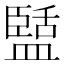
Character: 𭾑